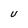
Character: U